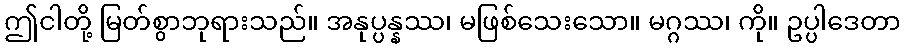
ဤငါတို့ မြတ်စွာဘုရားသည်။ အနုပ္ပန္နဿ၊ မဖြစ်သေးသော။ မဂ္ဂဿ၊ ကို။ ဥပ္ပါဒေတာ